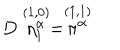
LaTeX: D \stackrel { ( 1 , 0 ) } { \eta _ { 1 } ^ { \alpha } } = \stackrel { ( 1 , 1 ) } { \pi ^ { \alpha } }